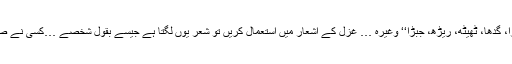
مثال کے طور پر آپ لفظ ’’گھوڑا، گدھا، ٹھیٹھ، ریڑھ، جبڑا‘‘ وغیرہ … غزل کے اشعار میں استعمال کریں تو شعر یوں لگتا ہے جیسے بقول شخصے …کسی نے صحن چمن میں بھینسا باندھ دیا ہو۔